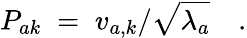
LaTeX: P_{ak}\; =\; v_{a,k}/\sqrt{\lambda_{a}}\quad.